King Institute of Preventive Medicine Micro-Biological Section reports 1909-11
Year: 1909
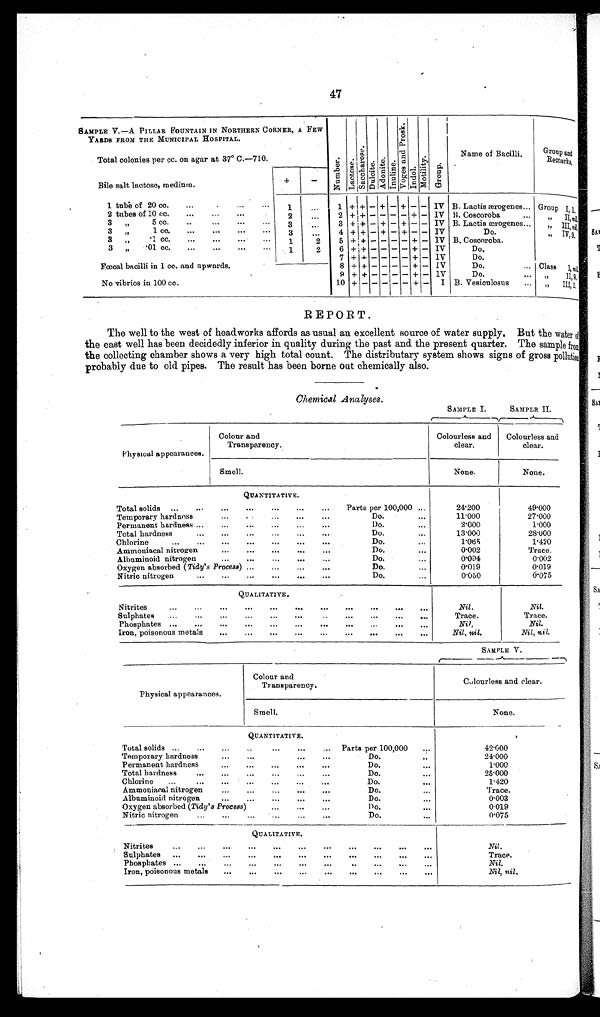
47
SAMPLE V.—A PILLAR FOUNTAIN IN NORTHERN CORNER, A FEW
YARDS FROM THE MUNICIPAL HOSPITAL.
Total colonies per cc. on agar at 37° C.—710.
Nu mb e r . L a c t o s e .
S a c o h a r o s e .
D u l c i t e . Ad o n i t e . I n u l i n e .
V o g e s a n d p r o s k . l .
I ndol .
Mo t i l i t y .
Gr o u p .
Name of Bacilli .
Group and
Remarks,
Bile salt lactose, medium.
1 tube of 20 cc.
. . . ...
. . . ...
1
...
1
+ + - + - + - - IV B. Lactic ærogenes... G r o u p I , 1 .
2 tubes of 10 cc. ...
. . .
. . . ...
2 ...
2 + + - - - - + - IV B. Coscoroba
... ,, II nil.
3 ,, 5 cc.
. . . ...
... ... 3
...
3
+ + - + - + - - IV B. Lactis ærogenes...
n i l
.
3 , , 1 c c .
... ...
... ... 3
. . .
4 + + - + - + - - IV
Do.
n i l
.
3 ,, .1cc.
... ...
... ...
1
2
5 + + - - - - + - IV B. Coscoroba.
3 ,, .01 cc.
. . .
...
. . . . . .
1
2
6
+ + - - - - + - IV
Do.
Fœcal bacilli in 1 cc. and upwards.
7 + + - - - - + - IV
D o .
8 + + - - - - +- IV
Do. ...
Class I,nil.
9 + + - - - - + - IV
Do. ...
, , I I , n i l .
No vibrios in 100 cc.
10 +
- - - - -
+ - I B. Vesiculosus ...
,,III, nil.
REPORT.
The well to the west of headworks affords as usual an excellent source of water supply. But the water of
the east well has been decidedly inferior in quality during the past and the present quarter. The sample from
the collecting chamber shows a very high total count. The distributary system shows signs of gross pollution
probably due to old pipes. The result has been borne out chemically also.
Chemical Analyses .
SAMPLE I.
SAMPLE II.
Physical appearances.
Colour and
Transparency.
Colourless and
clear.
Colourless and
clear.
Smell.
None.
None.
QUANTITATIVE.
Total solids ...
...
. . .
. . . ...
. . .
. . . ... Parts per 100,000 ...
24. 200
49.000
Temporary hardness
...
...
. . .
. . .
. . .
Do.
...
11.000
27.000
Permanent hardness ...
. . .
... ... ...
. . .
Do.
...
2.000
1.000
Total hardness
...
... ... ... ... ...
D o .
. . .
1 3 . 0 0 0
28.000
Chlorine
...
... ... ... ... ... ...
Do.
...
1 . 0 6 5
1.420
Ammoniacal nitrogen
. . .
...
. . .
. . . ...
Do.
...
0.002
Trace.
Albuminoid nitrogen
. . . ...
. . .
. . . ...
Do.
...
0 . 0 0 4
0.002
Oxygen absorbed (Tidy's Process) ...
...
. . . ...
Do.
...
0.019
0.019
Nitric nitrogen
...
...
. . .
. . .
. . .
Do.
0.050
0.075
QUALITATIVE.
Nitrites
...
. . .
... ... ... ... ... ...
...
...
...
Nil.
Nil.
Sulphates ...
. . .
... ...
. . .
. . . ... ...
. . . . . .
. . .
Trace.
Trace.
Phosphates ...
...
. . . ...
. . . ... . . .
...
... ...
. . .
N i l .
Nil.
Iron, poisonous metal
. . . ...
. . .
. . .
. . . ...
...
. . .
... Nil,nil.
Nil,nil.
SAMPLE V.
Physical appearances.
Colour and
Transparency.
Colourless and clear.
Smell.
None.
QUANTITATIVE.
Total solids ...
...
. . . ...
. . .
. . . . . . Parts per 100,000 ...
42.000
Temporary hardness
. . . ...
...
. . . . . .
Do.
. . .
24.000
Permanent hardnes
. . . ... ... ...
... Do.
...
1.000
Total hardness
...
. . . ... ... ...
...
Do.
...
25.000
Chlorine ...
. . . ...
. . .
. . . ...
Do.
...
1.420
Ammoniacal nitrogen
. . . ...
. . .
. . .
. . .
Do.
...
Trace.
Albuminoid nitrogen
. . . ... ...
...
Do.
...
0.003
Oxygen absorbed (Tidy's Process)
...
. . . ...
Do.
...
0.019
Nitric nitrogen
...
. . . ...
... ...
. . .
Do.
...
0.075
QUALITATIVE.
Nitrites
... ...
... ...
. . .
. . . . . .
... . . . . . .
...
N i l .
.
Sulphates ...
... ...
...
. . .
. . . . . . ...
...
. . .
...
Trace.
Phosphates ... ...
... ...
. . .
. . .
. . .
. . . . . . . . .
Nil.
Iron, poisonous metals ... ... ...
. . . ...
... ... ...
...
Nil, nil .